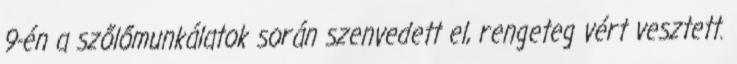
9-én a szőlőmunkálatok során szenvedett el, rengeteg vért vesztett.